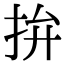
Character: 拚